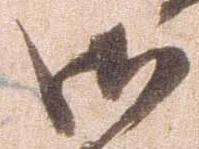
御